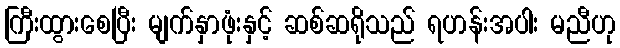
ကြီးထွားစေပြီး မျက်နှာဖုံးနှင့် ဆစ်ဆရိုသည် ရဟန်းအပါး မညီဟု